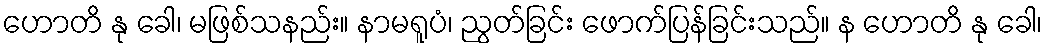
ဟောတိ နု ခေါ၊ မဖြစ်သနည်း။ နာမရူပံ၊ ညွတ်ခြင်း ဖောက်ပြန်ခြင်းသည်။ န ဟောတိ နု ခေါ၊